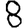
Digit: 8